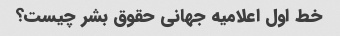
خط اول اعلامیه جهانی حقوق بشر چیست؟